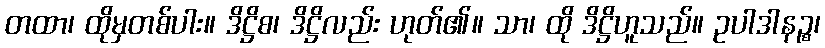
တထာ၊ ထိုမှတစ်ပါး။ ဒိဋ္ဌိစ၊ ဒိဋ္ဌိလည်း ဟုတ်၏။ သာ၊ ထို ဒိဋ္ဌိဟူသည်။ ဥပါဒါနဉ္စ၊